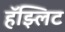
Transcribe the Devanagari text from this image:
हॅझ्लिट